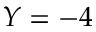
Y = - 4